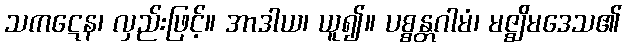
သကဋေန၊ လှည်းဖြင့်။ အာဒါယ၊ ယူ၍။ ပစ္စန္တဂါမံ၊ မဇ္ဈိမဒေသ၏